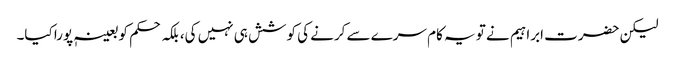
لیکن حضرت ابراہیم نے تو یہ کام سرے سے کرنے کی کوشش ہی نہیں کی، بلکہ حکم کو بعینہٖ پورا کیا۔